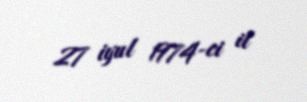
27 iyul 1974-ci il